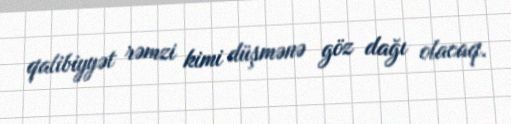
qalibiyyət rəmzi kimi düşmənə göz dağı olacaq.